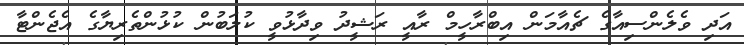
އަދި ވެލެންސިއާގެ ޗެއާމަން އިބްރާހީމް ރާއީ ރަޝީދު ވިދާޅުވީ ކުލަބުން ކުޅުންތެރިޔާގެ އެޖެންޓާ